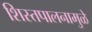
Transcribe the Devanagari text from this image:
शिस्तपालनामुळे